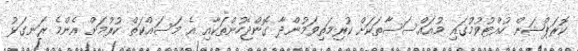
ކޮރަޕްޝަން ހުއްޓުވުމުގައި މުއައްސަސާތަކަށް ކުރިމަތިވަމުންދާ ގޮންޖެހުންތަކާއި އެ މަސައްކަތް ކުރުމަށް އެންމެ ރަނގަޅު